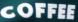
COFFEE